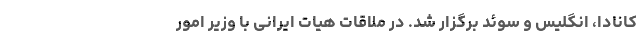
کانادا، انگلیس و سوئد برگزار شد. در ملاقات هیات ایرانی با وزیر امور